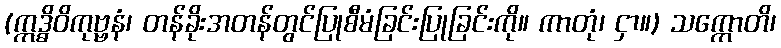
(ဣဒ္ဓိဝိကုဗ္ဗနံ၊ တန်ခိုးအတန်တွင်ပြုစီမံခြင်းပြုခြင်းကို။ ကာတုံ၊ ငှာ။) သက္ကောတိ၊